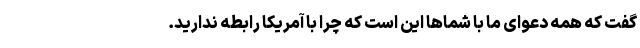
گفت که همه دعوای ما با شماها این است که چرا با آمریکا رابطه ندارید.